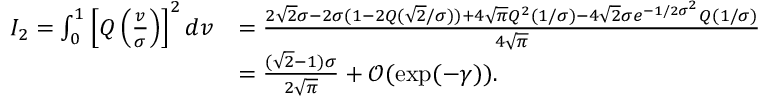
\begin{array} { r l } { I _ { 2 } = \int _ { 0 } ^ { 1 } \left[ Q \left( \frac { v } { \sigma } \right) \right] ^ { 2 } d v } & { = \frac { 2 \sqrt { 2 } \sigma - 2 \sigma ( 1 - 2 Q ( \sqrt { 2 } / \sigma ) ) + 4 \sqrt { \pi } Q ^ { 2 } ( 1 / \sigma ) - 4 \sqrt { 2 } \sigma e ^ { - 1 / 2 \sigma ^ { 2 } } Q ( 1 / \sigma ) } { 4 \sqrt { \pi } } } \\ & { = \frac { ( \sqrt { 2 } - 1 ) \sigma } { 2 \sqrt { \pi } } + \mathcal { O } ( \exp ( - \gamma ) ) . } \end{array}